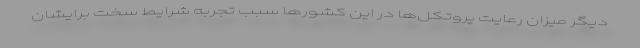
دیگر میزان رعایت پروتکل‌ها در این کشورها سبب تجربه شرایط سخت برایشان